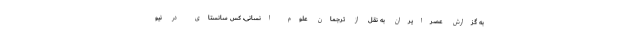
به گزارش عصرایران به نقل از ترجمان علوم انسانی، کس سانستای در نیو